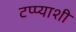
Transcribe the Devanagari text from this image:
टप्प्याशी